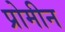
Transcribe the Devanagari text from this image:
प्रोमीन